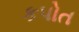
કપોત